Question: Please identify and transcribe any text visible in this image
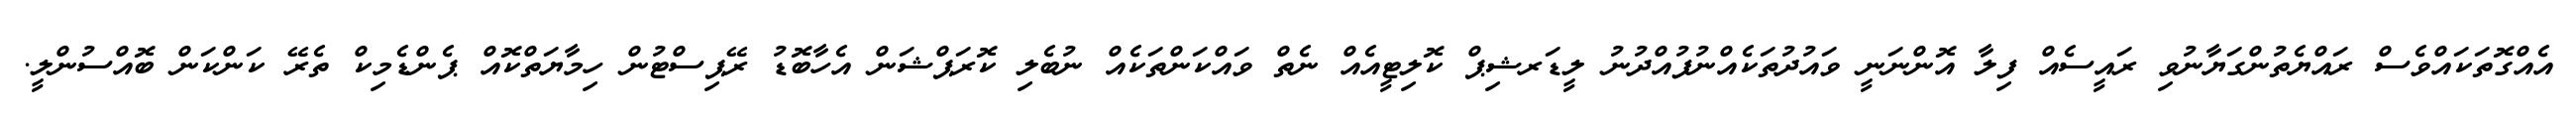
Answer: އެއްގޮތަކައްވެސް ރައްޔެތުންގަޔާނުވި ރައީސެއް ފިލާ އޮންނަނީ ވައުދުތަކެއްނުފުއްދުނު ލީޑަރޝިޕް ކޮލިޓީއެއް ނެތް ވައްކަންތަކެއް ނުބެލި ކޮރަޕްޝަން އެހާބޮޑު ރޭޕިސްޓުން ހިމާޔަތްކޮއް ޕެންޑެމިކް ތެރޭ ކަންކަން ބޮއްސުންލީ.